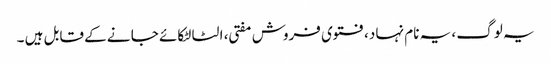
یہ لوگ ، یہ نام نہا د، فتوی فروش مفتی ، الٹا لٹکائے جا نے کے قابل ہیں ۔